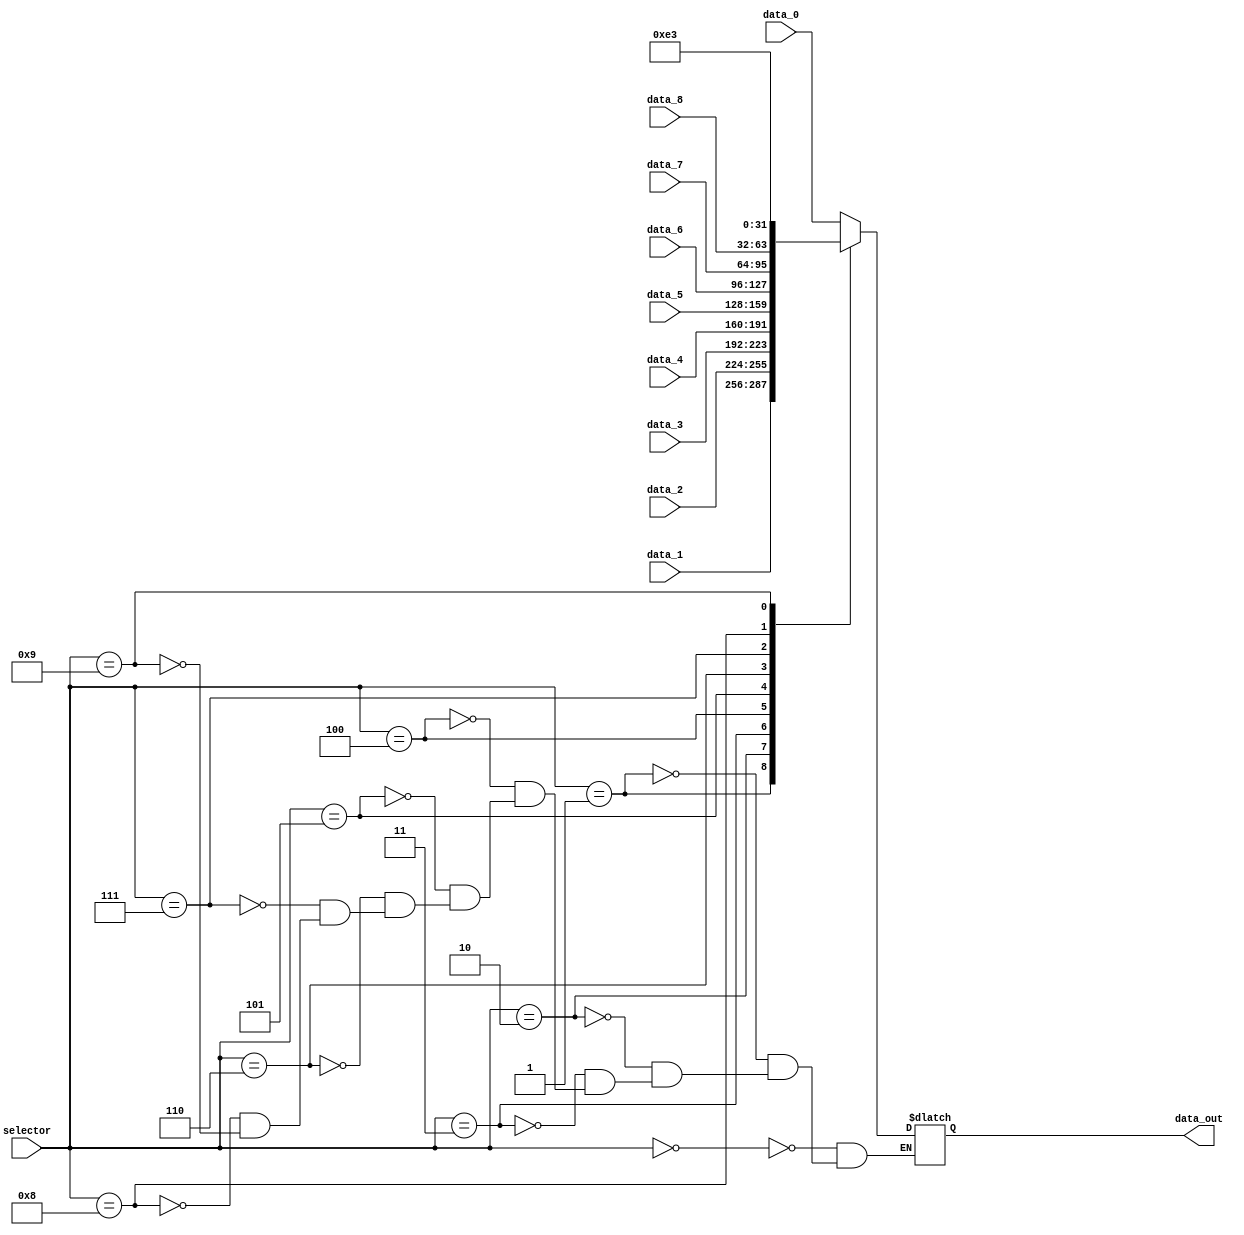
module mux_MEM_to_REG (
    input   wire    [3:0]   selector,
    input   wire    [31:0]   data_0,
    input   wire    [31:0]   data_1,
    input   wire    [31:0]   data_2,
    input   wire    [31:0]   data_3,
    input   wire    [31:0]   data_4,
    input   wire    [31:0]   data_5,
    input   wire    [31:0]   data_6,
    input   wire    [31:0]   data_7,
    input   wire    [31:0]   data_8,
    output  reg     [31:0]   data_out
);

always @(*) begin
    case (selector)
        4'b0000: data_out = data_0; // ALUOut
        4'b0001: data_out = data_1; // LS
        4'b0010: data_out = data_2; // HI
        4'b0011: data_out = data_3; // LO
        4'b0100: data_out = data_4; // Sign Extend 1 to 32
        4'b0101: data_out = data_5; // Shift Left 16 to 32
        4'b0110: data_out = data_6; // Shift Register
        4'b0111: data_out = data_7; // A
        4'b1000: data_out = data_8; // B
        4'b1001: data_out = 32'b00000000000000000000000011100011; //227
    endcase
end

endmodule